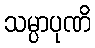
သမ္ပာပုဏိ